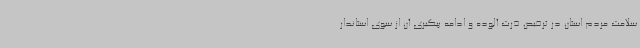
سلامت مردم استان در ترخیص ذرت آلوده و ادامه پیگیری آن از سوی استاندار